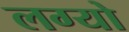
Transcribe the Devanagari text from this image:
लग्‍यो